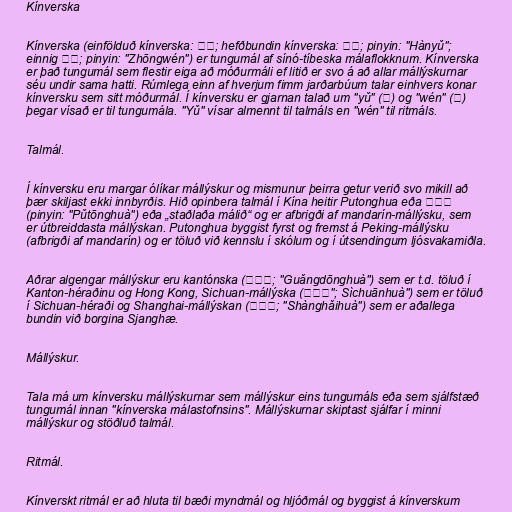
Kínverska

Kínverska (einfölduð kínverska: 汉语; hefðbundin kínverska: 漢語; pinyin: "Hànyǔ";
einnig 中文; pinyin: "Zhōngwén") er tungumál af sínó-tíbeska málaflokknum. Kínverska
er það tungumál sem flestir eiga að móðurmáli ef litið er svo á að allar mállýskurnar
séu undir sama hatti. Rúmlega einn af hverjum fimm jarðarbúum talar einhvers konar
kínversku sem sitt móðurmál. Í kínversku er gjarnan talað um "yǔ" (语) og "wén" (文)
þegar vísað er til tungumála. "Yǔ" vísar almennt til talmáls en "wén" til ritmáls.

Talmál.

Í kínversku eru margar ólíkar mállýskur og mismunur þeirra getur verið svo mikill að
þær skiljast ekki innbyrðis. Hið opinbera talmál í Kína heitir Putonghua eða 普通话
(pinyin: "Pǔtōnghuà") eða „staðlaða málið“ og er afbrigði af mandarín-mállýsku, sem
er útbreiddasta mállýskan. Putonghua byggist fyrst og fremst á Peking-mállýsku
(afbrigði af mandarín) og er töluð við kennslu í skólum og í útsendingum ljósvakamiðla.

Aðrar algengar mállýskur eru kantónska (广东话; "Guǎngdōnghuà") sem er t.d. töluð í
Kanton-héraðinu og Hong Kong, Sichuan-mállýska (四川话"; Sìchuānhuà") sem er töluð
í Sichuan-héraði og Shanghai-mállýskan (上海话; "Shànghǎihuà") sem er aðallega
bundin við borgina Sjanghæ.

Mállýskur.

Tala má um kínversku mállýskurnar sem mállýskur eins tungumáls eða sem sjálfstæð
tungumál innan "kínverska málastofnsins". Mállýskurnar skiptast sjálfar í minni
mállýskur og stöðluð talmál.

Ritmál.

Kínverskt ritmál er að hluta til bæði myndmál og hljóðmál og byggist á kínverskum